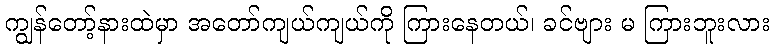
ကျွန်တော့်နားထဲမှာ အတော်ကျယ်ကျယ်ကို ကြားနေတယ်၊ ခင်ဗျား မ ကြားဘူးလား